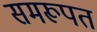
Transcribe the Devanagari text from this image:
समरूपत